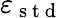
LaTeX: \varepsilon_{\mathrm{~s~t~d~}}